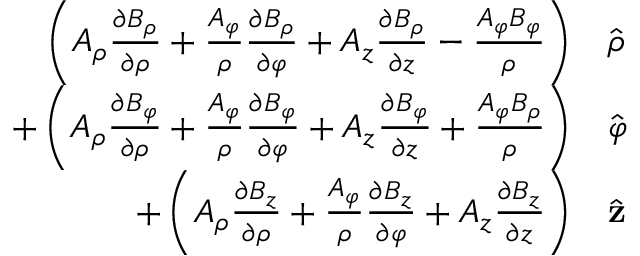
{ \begin{array} { r l } { \left( A _ { \rho } { \frac { \partial B _ { \rho } } { \partial \rho } } + { \frac { A _ { \varphi } } { \rho } } { \frac { \partial B _ { \rho } } { \partial \varphi } } + A _ { z } { \frac { \partial B _ { \rho } } { \partial z } } - { \frac { A _ { \varphi } B _ { \varphi } } { \rho } } \right) } & { { \hat { \boldsymbol { \rho } } } } \\ { + \left( A _ { \rho } { \frac { \partial B _ { \varphi } } { \partial \rho } } + { \frac { A _ { \varphi } } { \rho } } { \frac { \partial B _ { \varphi } } { \partial \varphi } } + A _ { z } { \frac { \partial B _ { \varphi } } { \partial z } } + { \frac { A _ { \varphi } B _ { \rho } } { \rho } } \right) } & { { \hat { \boldsymbol { \varphi } } } } \\ { + \left( A _ { \rho } { \frac { \partial B _ { z } } { \partial \rho } } + { \frac { A _ { \varphi } } { \rho } } { \frac { \partial B _ { z } } { \partial \varphi } } + A _ { z } { \frac { \partial B _ { z } } { \partial z } } \right) } & { { \hat { \mathbf { z } } } } \end{array} }